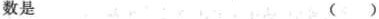
数是 ()